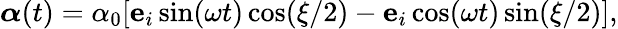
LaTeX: \boldsymbol{\alpha}(t)={\alpha_{0}}[\mathbf{e}_{i}\sin(\omega t)\cos(\xi/2)-\mathbf{e}_{i}\cos(\omega t)\sin(\xi/2)],